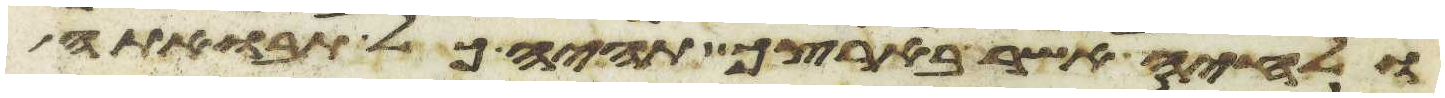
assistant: ולחיה אשר בארצך תהיה כל תבואתה